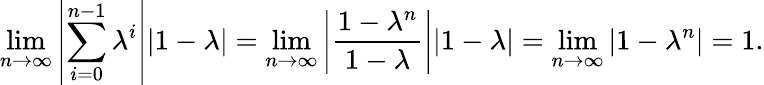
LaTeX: \operatorname*{lim}_{n\to\infty}\left|\sum_{i=0}^{n-1}\lambda^{i}\right||1-\lambda|=\operatorname*{lim}_{n\to\infty}\left|\frac{1-\lambda^{n}}{1-\lambda}\right||1-\lambda|=\operatorname*{lim}_{n\to\infty}|1-\lambda^{n}|=1.